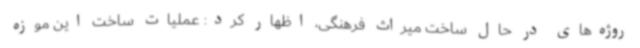
روژه‌های در حال ساخت میراث فرهنگی، اظهار کرد: عملیات ساخت این موزه